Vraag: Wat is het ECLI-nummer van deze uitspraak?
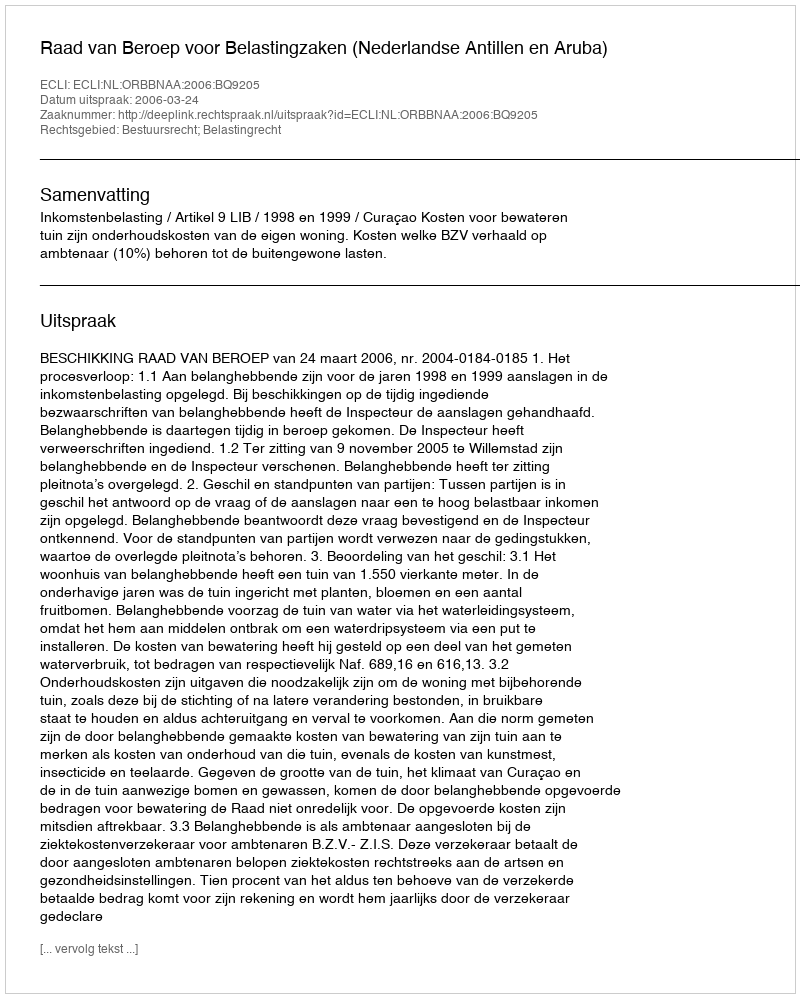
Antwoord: ECLI:NL:ORBBNAA:2006:BQ9205